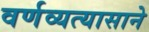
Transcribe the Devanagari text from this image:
वर्णव्यत्यासाने